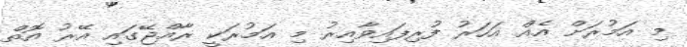
މި އަމުރަށް އެއް އަހަރު ފުރިފައިވާއިރު މި އަމުރަކީ ރާއްޖޭގައި އޭރު އޮތް